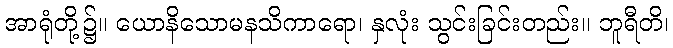
အာရုံတို့၌။ ယောနိသောမနသိကာရော၊ နှလုံး သွင်းခြင်းတည်း။ ဘူရီတိ၊